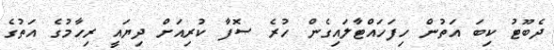
ދެބޫޓު ކިބަ އަތުން ހިފަހައްޓާލައިގެން ހުރެ ޞޮފާ ކުރިއަށް ދިޔައީ ރިހާމުގެ އަތުގެ